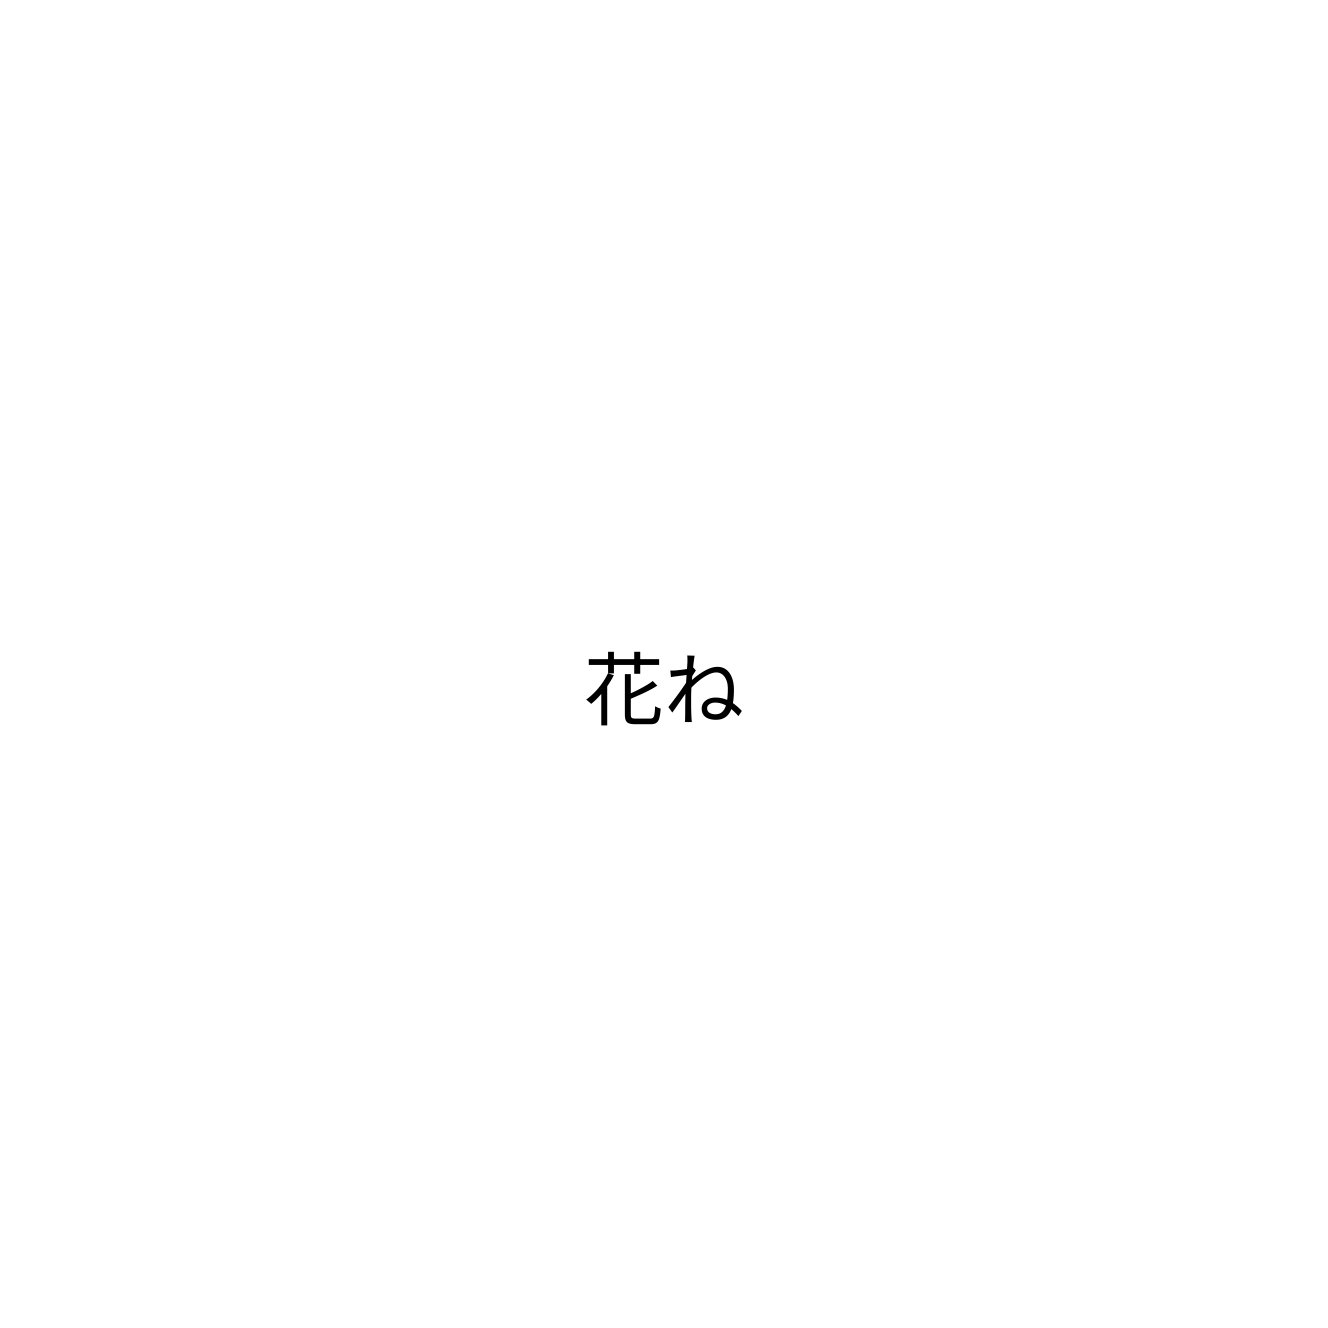
花ね